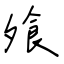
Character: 飧